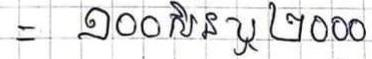
=   ១០០សិន ឬ ២០០០